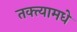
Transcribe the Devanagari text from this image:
तक्त्यामधे